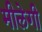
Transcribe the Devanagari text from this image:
मीलेगी